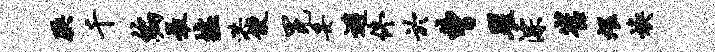
腆千编最墟洪便冕妥避佟於曹瞿淙崔煨焕